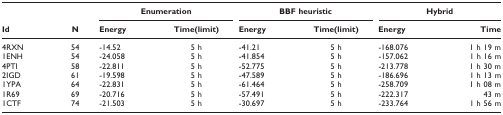
|  |  | <COLSPAN=2> <underline>Enumeration</underline> | <COLSPAN=2> <underline>BBF heuristic</underline> | <COLSPAN=2> <underline>Hybrid</underline> |
 | Id | N | Energy | Time(limit) | Energy | Time(limit) | Energy | Time |
 | --- | --- | --- | --- | --- | --- | --- | --- |
 | 4RXN | 54 | -14.52 | 5 h | -41.21 | 5 h | -168.076 | 1 h 19 m |
 | 1ENH | 54 | -24.058 | 5 h | -41.854 | 5 h | -157.062 | 1 h 16 m |
 | 4PTI | 58 | -22.811 | 5 h | -52.775 | 5 h | -213.778 | 1 h 30 m |
 | 2IGD | 61 | -19.598 | 5 h | -47.589 | 5 h | -186.696 | 1 h 13 m |
 | 1YPA | 64 | -22.831 | 5 h | -61.464 | 5 h | -258.709 | 1 h 08 m |
 | 1R69 | 69 | -20.716 | 5 h | -57.491 | 5 h | -222.317 | 43 m |
 | 1CTF | 74 | -21.503 | 5 h | -30.697 | 5 h | -233.764 | 1 h 56 m |